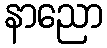
နာညော